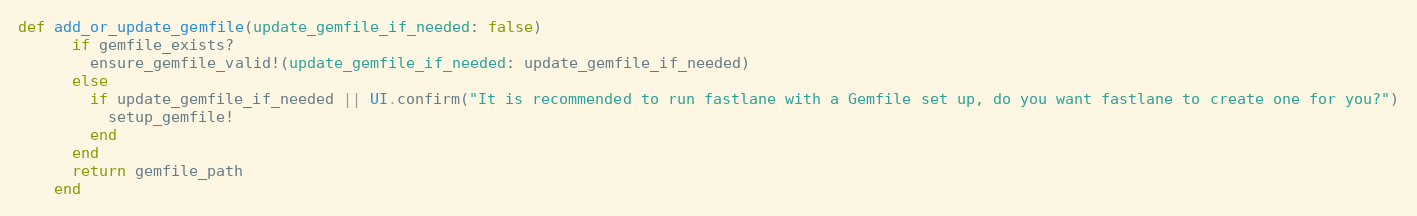
Language: Ruby
def add_or_update_gemfile(update_gemfile_if_needed: false)
      if gemfile_exists?
        ensure_gemfile_valid!(update_gemfile_if_needed: update_gemfile_if_needed)
      else
        if update_gemfile_if_needed || UI.confirm("It is recommended to run fastlane with a Gemfile set up, do you want fastlane to create one for you?")
          setup_gemfile!
        end
      end
      return gemfile_path
    end